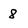
Character: 8